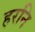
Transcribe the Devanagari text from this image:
हरनि